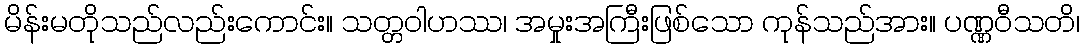
မိန်းမတိုသည်လည်းကောင်း။ သတ္တဝါဟဿ၊ အမှုးအကြီးဖြစ်သော ကုန်သည်အား။ ပဏ္ဏဝီသတိ၊